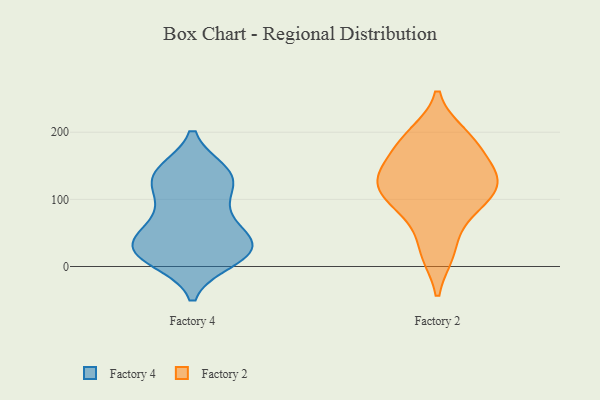
{"axis": {"x": "Revenue (USD Million)", "y": "Value"}, "legend": ["Factory 2", "Factory 4"], "data": [{"x": "", "y": 79, "type": "Factory 4"}, {"x": "", "y": 105, "type": "Factory 4"}, {"x": "", "y": 43, "type": "Factory 4"}, {"x": "", "y": 22, "type": "Factory 4"}, {"x": "", "y": 141, "type": "Factory 4"}, {"x": "", "y": 134, "type": "Factory 4"}, {"x": "", "y": 10, "type": "Factory 4"}, {"x": "", "y": 20, "type": "Factory 4"}, {"x": "", "y": 26, "type": "Factory 4"}, {"x": "", "y": 75, "type": "Factory 4"}, {"x": "", "y": 23, "type": "Factory 4"}, {"x": "", "y": 136, "type": "Factory 4"}, {"x": "", "y": 17, "type": "Factory 4"}, {"x": "", "y": 129, "type": "Factory 4"}, {"x": "", "y": 39, "type": "Factory 4"}, {"x": "", "y": 137, "type": "Factory 4"}, {"x": "", "y": 44, "type": "Factory 4"}, {"x": "", "y": 190, "type": "Factory 2"}, {"x": "", "y": 116, "type": "Factory 2"}, {"x": "", "y": 110, "type": "Factory 2"}, {"x": "", "y": 131, "type": "Factory 2"}, {"x": "", "y": 152, "type": "Factory 2"}, {"x": "", "y": 189, "type": "Factory 2"}, {"x": "", "y": 174, "type": "Factory 2"}, {"x": "", "y": 21, "type": "Factory 2"}, {"x": "", "y": 130, "type": "Factory 2"}, {"x": "", "y": 132, "type": "Factory 2"}, {"x": "", "y": 84, "type": "Factory 2"}, {"x": "", "y": 21, "type": "Factory 2"}, {"x": "", "y": 196, "type": "Factory 2"}, {"x": "", "y": 99, "type": "Factory 2"}, {"x": "", "y": 76, "type": "Factory 2"}, {"x": "", "y": 131, "type": "Factory 2"}]}